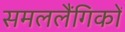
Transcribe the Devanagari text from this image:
समललैंगिकों